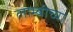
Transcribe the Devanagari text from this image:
लाम्बीच्या